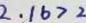
2 . 1 6 > 2